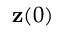
{ \bf z } ( 0 )